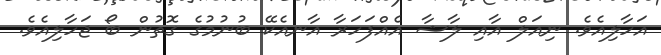
އަހާލިއެވެ. ނިއަލް އާއި ލާޝާ އެއްފަހަރާ އާނއެކޭ ބުނުމުގެ ގޮތުން ބޯ ޖަހާލިއެވެ.